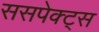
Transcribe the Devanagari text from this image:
ससपेक्ट्स